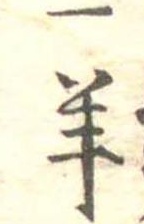
一羊